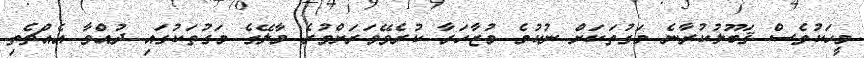
މީހަކުވެސް ޤަބޫލުކުރާނެ މަގުތަކަށް ނުކުމެ މުޒާހަރާ ކުރެވޭވަރަށްވުރެ މާލޭގެ މަގުތަކުގައި ދުއްވާ އެއްޗެތި